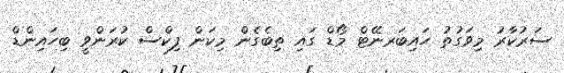
ސަރުކާރު މިވަގުތު ހައިބަރނޭޓް މޯޑް ގައި ތިބެގެން މިކަން ފިކްސް ކުރަންވީ ބިހައިންޑް